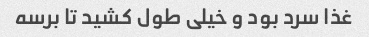
غذا سرد بود و خیلی طول کشید تا برسه